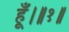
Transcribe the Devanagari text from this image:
हूँ।॥१॥